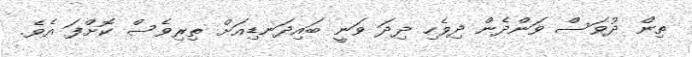
ތިން ދުވަސް ވަންދެން ދިވެހި ދިދަ ވަނީ ބައިދަނޑިއަށް ތިރިވެސް ކޮށްފަ އެވެ.